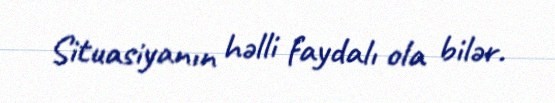
Situasiyanın həlli faydalı ola bilər.